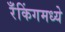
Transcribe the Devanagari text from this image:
रँकिंगमध्ये